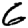
Digit: 6